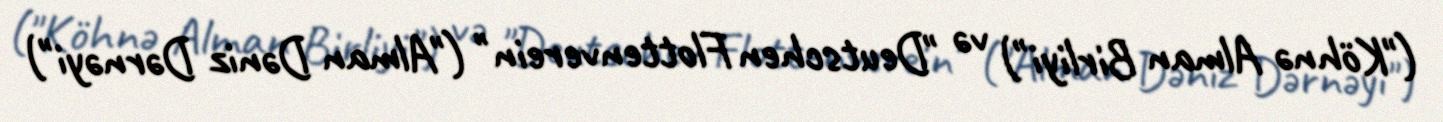
("Köhnə Alman Birliyi") və "Deutschen Flottenverein" ("Alman Dəniz Dərnəyi")